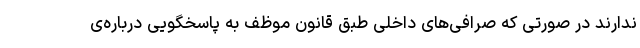
ندارند در صورتی که صرافی‌های داخلی طبق قانون موظف به پاسخگویی درباره‌ی